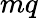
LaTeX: mq